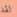
لقد